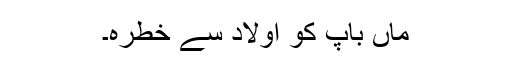
ماں باپ کو اولاد سے خطرہ۔